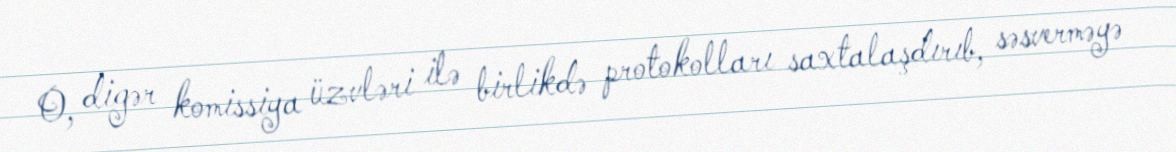
O, digər komissiya üzvləri ilə birlikdə protokolları saxtalaşdırıb, səsverməyə